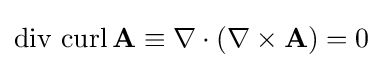
\operatorname {div} \,\operatorname {curl} \mathbf {A} \equiv \nabla \cdot (\nabla \times \mathbf {A} )=0